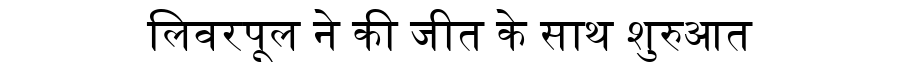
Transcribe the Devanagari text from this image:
लिवरपूल ने की जीत के साथ शुरुआत